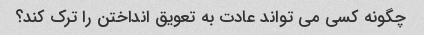
چگونه کسی می تواند عادت به تعویق انداختن را ترک کند؟